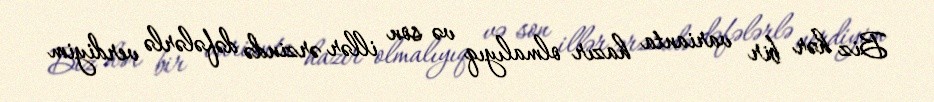
Biz hər bir varianta hazır olmalıyıq və son illər ərzində dəfələrlə verdiyim